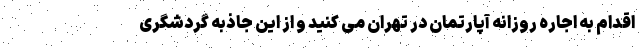
اقدام به اجاره روزانه آپارتمان در تهران می کنید و از این جاذبه گردشگری